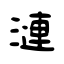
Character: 漣